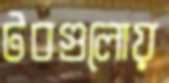
টবগুলোয়